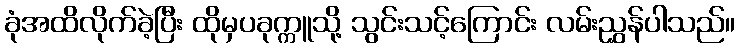
ခုံအထိလိုက်ခဲ့ပြီး ထိုမှပခုက္ကူသို့ သွင်းသင့်ကြောင်း လမ်းညွှန်ပါသည်။